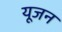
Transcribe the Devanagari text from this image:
यूजन